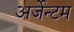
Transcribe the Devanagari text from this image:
अर्जेन्टम